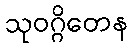
သုဝဂ္ဂိတေန